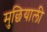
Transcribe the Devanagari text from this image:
मुछियाली